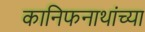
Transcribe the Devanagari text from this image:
कानिफनाथांच्या